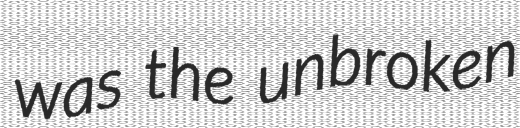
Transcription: was the unbroken